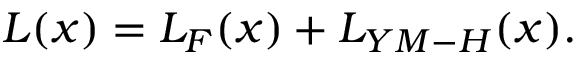
{ \cal { L } } ( x ) = { \cal L } _ { F } ( x ) + { \cal L } _ { Y M - H } ( x ) .